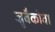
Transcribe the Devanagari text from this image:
ज्रुबैकोवा